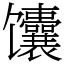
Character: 馕